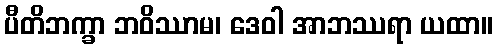
ပီတိဘက္ခာ ဘဝိဿာမ၊ ဒေဝါ အာဘဿရာ ယထာ။